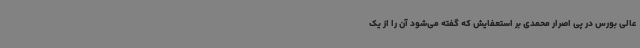
عالی بورس در پی اصرار محمدی بر استعفایش که گفته می‌شود آن را از یک